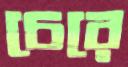
চেরে